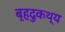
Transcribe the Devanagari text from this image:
बृहदुकथ्य